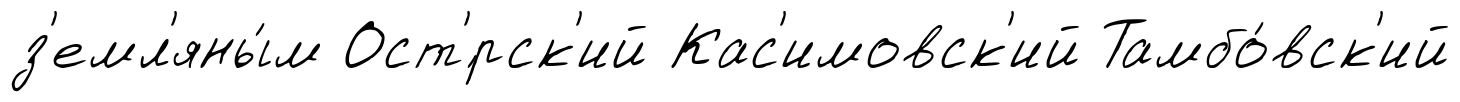
з'емл'яны́м Ост'́рск'ий Кас'имовск'ий Тамбо́вск'ий